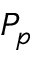
P _ { p }